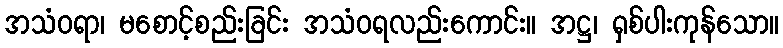
အသံဝရာ၊ မစောင့်စည်းခြင်း အသံဝရလည်းကောင်း။ အဋ္ဌ၊ ရှစ်ပါးကုန်သော။